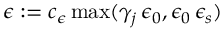
\epsilon : = c _ { \epsilon } \operatorname* { m a x } ( \gamma _ { j } \, \epsilon _ { 0 } , \epsilon _ { 0 } \, \epsilon _ { s } )